Report on lock hospitals in British Burma
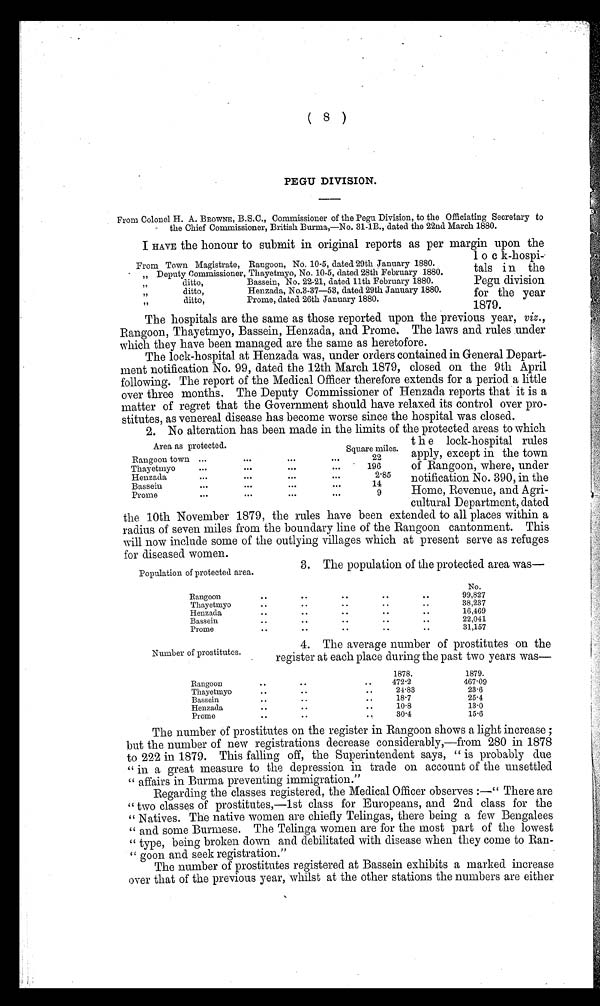
( 8 )
PEGU DIVISION.
From Colonel H. A. BROWNE, B.S.C., Commissioner of the Pegu Division, to the Officiating Secretary to
the Chief Commissioner, British Burma,—No. 31-1B., dated the 22nd March 1880.
I HAVE the honour to submit in original reports as per margin upon the
1 o c k-hospi
tals i n the
Pegu division
for the year
1879.
The hospitals are the same as those reported upon the previous year, viz.,
Rangoon, Thayetmyo, Bassein, Henzada, and Prome. The laws and rules under
which they have been managed are the same as heretofore.
The lock-hospital at Henzada was, under orders contained in General Depart-
ment notification No. 99, dated the 12th March 1879, closed on the 9th April
following. The report of the Medical Officer therefore extends for a period a little
over three months. The Deputy Commissioner of Henzada reports that it is a
matter of regret that the Government should have relaxed its control over pro-
stitutes, as venereal disease has become worse since the hospital was closed.
2. No alteration has been made in the limits of the protected areas to which
t h e lock-hospital rules
apply, except in the town
of Rangoon, where, under
notification No. 390, in the
Home, Revenue, and Agri-
cultural Department, dated
the 10th November 1879, the rules have been extended to all places within a
radius of seven miles from the boundary line of the Rangoon cantonment. This
will now include some of the outlying villages which at present serve as refuges
for diseased women.
From Town Magistrate, Rangoon, No. 10-5, dated 29th January 1880.
„ Deputy Commissioner, Thayetmyo, No. 10-5, dated 28th February 1880.
„
ditto,
Bassein, No. 22-21, dated 11th February 1880.
„
ditto,
Henzada, No.3-37
-53, dated 29th January 1880.
„
ditto,
Prome, dated 26th January 1880.
Area as protected.
Square miles.
Rangoon town ...
...
...
...
22
Thayetmyo
...
...
...
...
196
Henzada
...
...
...
...
2.85
Bassein
...
...
...
. . .
14
Prome
...
...
...
...
9
Population of protected area.
3. The population of the protected area was
No.
Rangoon
.. ..
..
..
..
99,827
Thayetmyo
..
. . . . . .
38,237
..
..
Henzada
..
.. ..
16,469
..
..
Bassein
..
..
..
22,041
..
Prome
..
..
..
..
31,157
Number of prostitutes.
4. The average number of prostitutes on the
register at each place during the past two years was-
1878.
1879.
Rangoon
..
..
..
472·2
467·09
Thayetmyo
..
..
..
24·83
23·6
Bassein
..
..
..
18·7
25·4
Henzada
..
..
..
10·8
13·0
Prome
..
..
30·4
15·6
The number of prostitutes on the register in Rangoon shows a light increase ;
but the number of new registrations decrease considerably,—from 280 in 1878
to 222 in 1879. This falling off, the Superintendent says, " is probably due
" in a great measure to the depression in trade on account of the unsettled
" affairs in Burma preventing immigration."
Regarding the classes registered, the Medical Officer observes :—" There are
" two classes of prostitutes,—1st class for Europeans, and 2nd class for the
" Natives. The native women are chiefly Telingas, there being a few Bengalees
" and some Burmese. The Telinga women are for the most part of the lowest
" type, being broken down and debilitated with disease when they come to Ran-
" goon and seek registration."
The number of prostitutes registered at Bassein exhibits a marked increase
over that of the previous year, whilst at the other stations the numbers are either